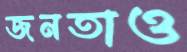
জনতাও